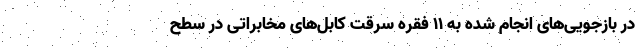
در بازجویی‌های انجام شده به ۱۱ فقره سرقت کابل‌های مخابراتی در سطح